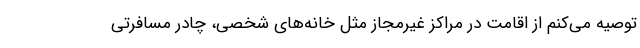
توصیه می‌کنم از اقامت در مراکز غیرمجاز مثل خانه‌های شخصی، چادر مسافرتی